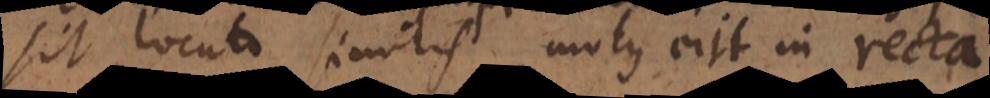
sit locuto similis, motus erit in recta.